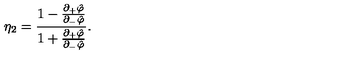
\eta _ { 2 } = \frac { 1 - { \frac { \partial _ { + } \hat { \varphi } } { \partial _ { - } \hat { \varphi } } } } { 1 + { \frac { \partial _ { + } \hat { \varphi } } { \partial _ { - } \hat { \varphi } } } } .